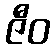
ဇီဝ